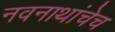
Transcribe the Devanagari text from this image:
नवनाथांचेच